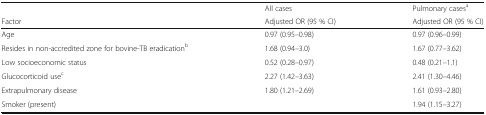
|  | All cases | Pulmonary casesa |
 | Factor | Adjusted OR (95 % CI) | Adjusted OR (95 % CI) |
 | --- | --- | --- |
 | Age | 0.97 (0.95–0.98) | 0.97 (0.96–0.99) |
 | Resides in non-accredited zone for bovine-TB eradicationb | 1.68 (0.94–3.0) | 1.67 (0.77–3.62) |
 | Low socioeconomic status | 0.52 (0.28–0.97) | 0.48 (0.21–1.1) |
 | Glucocorticoid usec | 2.27 (1.42–3.63) | 2.41 (1.30–4.46) |
 | Extrapulmonary disease | 1.80 (1.21–2.69) | 1.61 (0.93–2.80) |
 | Smoker (present) |  | 1.94 (1.15–3.27) |